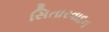
સિતારવાદન